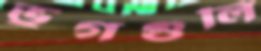
ভুগগুলি